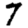
Digit: 7